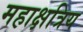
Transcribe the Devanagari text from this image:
महाक्षत्रिय